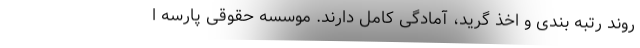
روند رتبه بندی و اخذ گرید، آمادگی کامل دارند. موسسه حقوقی پارسه ا